Report of the Municipal Commissioner on the plague in Bombay for the year ending 31st May... - Volume 3
Disease focus: Plague
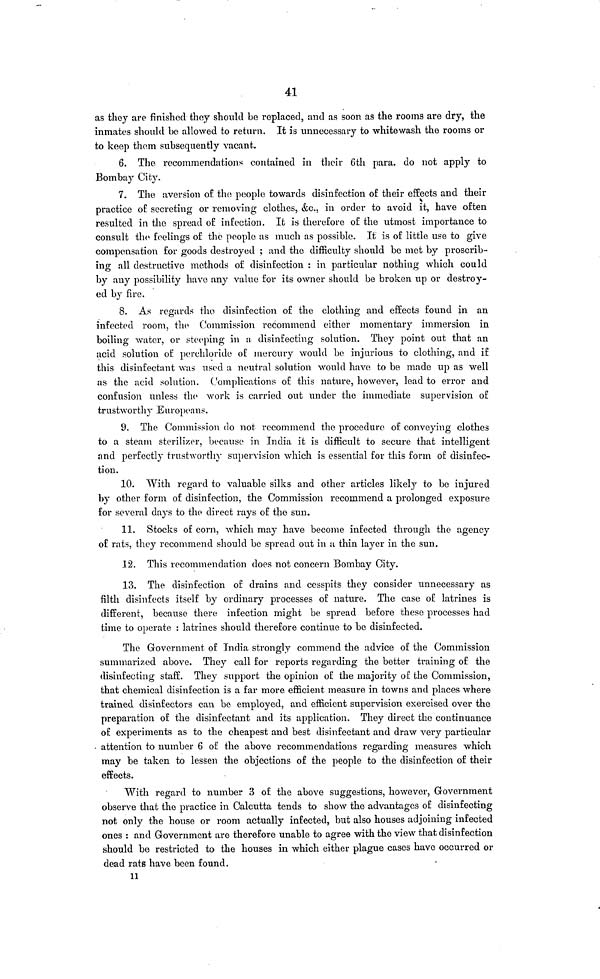
41
as they are finished they should be replaced, and as soon as the rooms are dry, the
inmates should be allowed to return. It is unnecessary to whitewash the rooms or
to keep them subsequently vacant.
6. The recommendations contained in their 6th para. do not apply to
Bombay City.
7. The aversion of the people towards disinfection of their effects and their
practice of secreting or removing clothes, &c, in order to avoid it, have often
resulted in the spread of infection. It is therefore of the utmost importance to
consult the feelings of the people as much as possible. It' is of little use to give
compensation for goods destroyed; and the difficulty should be met by proscrib-
ing all destructive methods of disinfection : in particular nothing which could
by any possibility have any value for its owner should be broken up or destroy-
ed by fire.
8. As regards the disinfection of the clothing and effects found in an
infected room, the Commission recommend either momentary immersion in
boiling water, or steeping in a disinfecting solution. They point out that an
acid solution of perchloride of mercury would be injurious to clothing, and if
this disinfectant was used a neutral solution would have to be made up as well
as the acid solution. Complications of this nature, however, lead to error and
confusion unless the work is carried out under the immediate supervision of
trustworthy Europeans.
9. The Commission do not recommend the procedure of conveying clothes
to a steam sterilizer, because in India it is difficult to secure that intelligent
and perfectly trustworthy supervision which is essential for this form of disinfec-
tion.
10. With regard to valuable silks and other articles likely to be injured
by other form of disinfection, the Commission recommend a prolonged exposure
for several days to the direct rays of the sun.
11. Stocks of corn, which may have become infected through the agency
of rats, they recommend should be spread out in a thin layer in the sun.
12. This recommendation does not concern Bombay City.
13. The disinfection of drains and cesspits they consider unnecessary as
filth disinfects itself by ordinary processes of nature. The case of latrines is
different, because there infection might be spread before these processes had
time to operate : latrines should therefore continue to be disinfected.
The Government of India strongly commend the advice of the Commission
summarized above. They call for reports regarding the better training of the
disinfecting staff. They support the opinion of the majority of the Commission,
that chemical disinfection is a far more efficient measure in towns and places where
trained disinfectors can be employed, and efficient supervision exercised over the
preparation of the disinfectant and its application. They direct the continuance
of experiments as to the cheapest and best disinfectant and draw very particular
attention to number 6 of the above recommendations regarding measures which
may be taken to lessen the objections of the people to the disinfection of their
effects.
With regard to number 3 of the above suggestions, however, Government
observe that the practice in Calcutta tends to show the advantages of disinfecting
not only the house or room actually infected, but also houses adjoining infected
ones : and Government are therefore unable to agree with the view that disinfection
should be restricted to the houses in which either plague cases have occurred or
dead rats have been found.
11